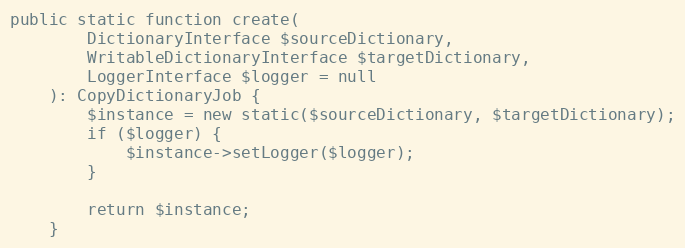
Language: PHP
public static function create(
        DictionaryInterface $sourceDictionary,
        WritableDictionaryInterface $targetDictionary,
        LoggerInterface $logger = null
    ): CopyDictionaryJob {
        $instance = new static($sourceDictionary, $targetDictionary);
        if ($logger) {
            $instance->setLogger($logger);
        }

        return $instance;
    }